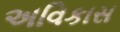
અવિકાસ